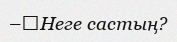
–	Неге састың?